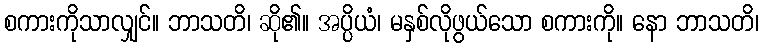
စကားကိုသာလျှင်။ ဘာသတိ၊ ဆို၏။ အပ္ပိယံ၊ မနှစ်လိုဖွယ်သော စကားကို။ နော ဘာသတိ၊